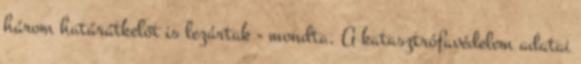
három határátkelőt is lezártak - mondta. A katasztrófavédelem adatai